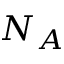
N _ { A }